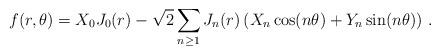
LaTeX: \begin{align*}f(r, \theta)=X_0 J_0(r) - \sqrt{2} \sum_{n\geq 1}J_n(r)\left(X_n\cos(n\theta)+Y_n\sin(n\theta)\right)\, .\end{align*}